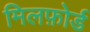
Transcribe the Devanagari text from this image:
मिलफ़ोर्ड